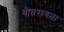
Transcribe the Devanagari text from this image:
वीतरागता